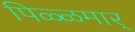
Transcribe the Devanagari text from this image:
पिळ्ळमार्